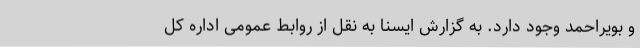
و بویراحمد وجود دارد. به گزارش ایسنا به نقل از روابط عمومی اداره کل